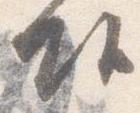
頭